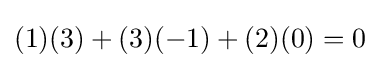
(1)(3)+(3)(-1)+(2)(0)=0\